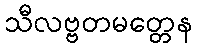
သီလဗ္ဗတမတ္တေန